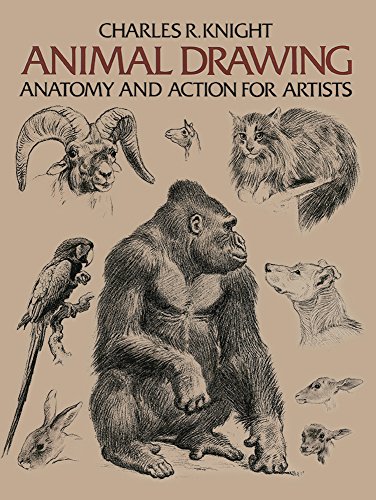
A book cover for Animal Drawing: Anatomy and Action for Artists; Charles R. Knight; Arts & Photography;